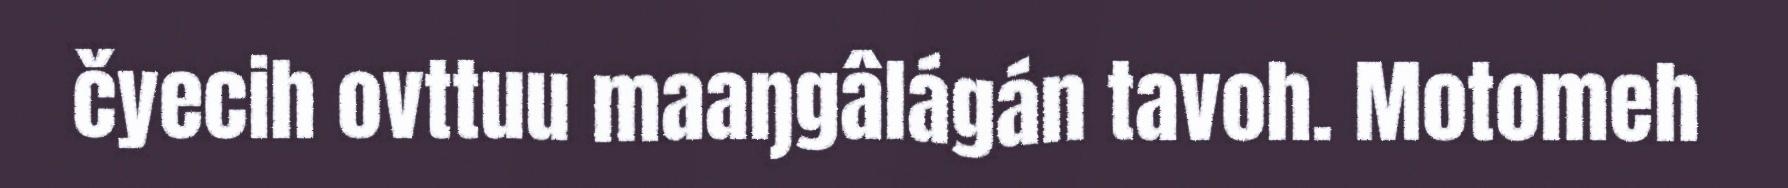
čyecih ovttuu maaŋgâlágán tavoh. Motomeh